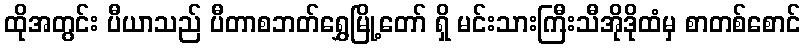
ထိုအတွင်း ပီယာသည် ပီတာစဘတ်ရွှေမြို့တော် ရှိ မင်းသားကြီးသီအိုဒိုထံမှ စာတစ်စောင်